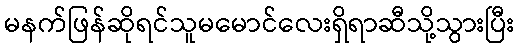
မနက်ဖြန်ဆိုရင်သူမမောင်လေးရှိရာဆီသို့သွားပြီး